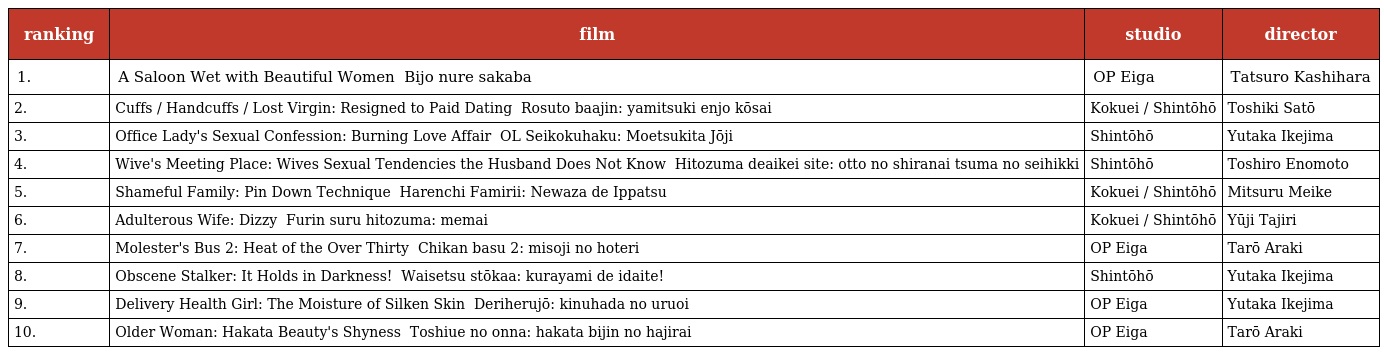
| ranking | film | studio | director |
 | --- | --- | --- | --- |
 | 1. | A Saloon Wet with Beautiful Women 美女濡れ酒場 Bijo nure sakaba | OP Eiga | Tatsuro Kashihara |
 | 2. | Cuffs / Handcuffs / Lost Virgin: Resigned to Paid Dating ロスト・ヴァージン　やみつき援助交際 Rosuto baajin: yamitsuki enjo kōsai | Kokuei / Shintōhō | Toshiki Satō |
 | 3. | Office Lady's Sexual Confession: Burning Love Affair ＯＬ性告白　燃えつきた情事 OL Seikokuhaku: Moetsukita Jōji | Shintōhō | Yutaka Ikejima |
 | 4. | Wive's Meeting Place: Wives Sexual Tendencies the Husband Does Not Know 人妻出会い系サイト　夫の知らない妻の性癖 Hitozuma deaikei site: otto no shiranai tsuma no seihikki | Shintōhō | Toshiro Enomoto |
 | 5. | Shameful Family: Pin Down Technique ハレンチ・ファミリー　寝ワザで一発 Harenchi Famirii: Newaza de Ippatsu | Kokuei / Shintōhō | Mitsuru Meike |
 | 6. | Adulterous Wife: Dizzy 不倫する人妻　眩暈 Furin suru hitozuma: memai | Kokuei / Shintōhō | Yūji Tajiri |
 | 7. | Molester's Bus 2: Heat of the Over Thirty 痴漢バス２　三十路の火照り Chikan basu 2: misoji no hoteri | OP Eiga | Tarō Araki |
 | 8. | Obscene Stalker: It Holds in Darkness! 猥褻ストーカー　暗闇で抱いて！ Waisetsu stōkaa: kurayami de idaite! | Shintōhō | Yutaka Ikejima |
 | 9. | Delivery Health Girl: The Moisture of Silken Skin デリヘル嬢　絹肌のうるおい Deriherujō: kinuhada no uruoi | OP Eiga | Yutaka Ikejima |
 | 10. | Older Woman: Hakata Beauty's Shyness 年上の女　博多美人の恥じらい Toshiue no onna: hakata bijin no hajirai | OP Eiga | Tarō Araki |